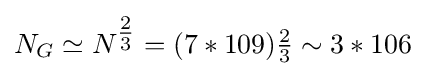
{N_{G}\simeq N^{\tfrac {2}{3}}=(7\ast 109){\tfrac {2}{3}}\sim 3\ast 106}